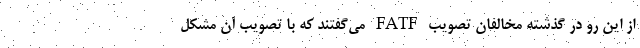
از این رو در گذشته مخالفان تصویب FATF می‌گفتند که با تصویب آن مشکل